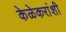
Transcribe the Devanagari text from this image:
केळेकरांशी